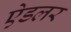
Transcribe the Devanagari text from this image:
ऐडलर